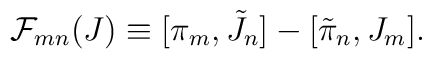
{\cal F}_{mn} (J) \equiv [\pi_{m}, \tilde{J}_{n}] - [\tilde{\pi}_{n},J_{m}] .